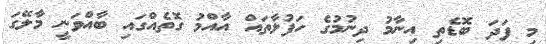
މި ފަދަ ބޮޑެތި އިނާމު ދިނުމުގެ ހަފުލާތައް އާއްމު ގޮތެއްގައި ބާއްވަނީ މާލޭގަ